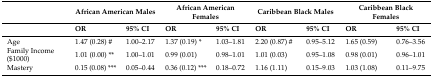
<table><thead><tr><td></td><td colspan="2"><b>African American Males</b></td><td colspan="2"><b>African American Females</b></td><td colspan="2"><b>Caribbean Black Males</b></td><td colspan="2"><b>Caribbean Black Females</b></td></tr><tr><td></td><td><b>OR</b></td><td><b>95% CI</b></td><td><b>OR</b></td><td><b>95% CI</b></td><td><b>OR</b></td><td><b>95% CI</b></td><td><b>OR</b></td><td><b>95% CI</b></td></tr></thead><tbody><tr><td>Age</td><td>1.47 (0.28) #</td><td>1.00–2.17</td><td>1.37 (0.19) *</td><td>1.03–1.81</td><td>2.20 (0.87) #</td><td>0.95–5.12</td><td>1.65 (0.59)</td><td>0.76–3.56</td></tr><tr><td>Family Income ($1000)</td><td>1.01 (0.00) **</td><td>1.00–1.01</td><td>0.99 (0.01)</td><td>0.98–1.01</td><td>1.01 (0.03)</td><td>0.95–1.08</td><td>0.98 (0.01)</td><td>0.96–1.01</td></tr><tr><td>Mastery</td><td>0.15 (0.08) ***</td><td>0.05–0.44</td><td>0.36 (0.12) ***</td><td>0.18–0.72</td><td>1.16 (1.11)</td><td>0.15–9.03</td><td>1.03 (1.08)</td><td>0.11–9.75</td></tr></tbody></table>